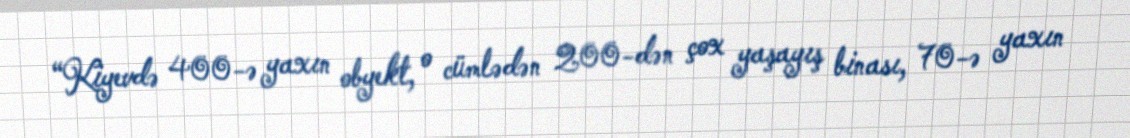
“Kiyevdə 400-ə yaxın obyekt, o cümlədən 200-dən çox yaşayış binası, 70-ə yaxın